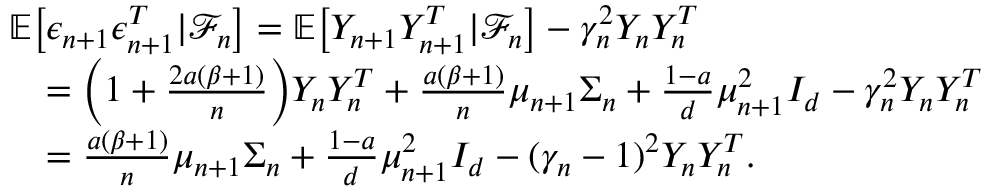
\begin{array} { r l } & { \mathbb { E } \big [ \epsilon _ { n + 1 } \epsilon _ { n + 1 } ^ { T } | \mathcal { F } _ { n } \big ] = \mathbb { E } \big [ Y _ { n + 1 } Y _ { n + 1 } ^ { T } | \mathcal { F } _ { n } \big ] - \gamma _ { n } ^ { 2 } Y _ { n } Y _ { n } ^ { T } } \\ & { \quad = \bigg ( 1 + \frac { 2 a ( \beta + 1 ) } { n } \bigg ) Y _ { n } Y _ { n } ^ { T } + \frac { a ( \beta + 1 ) } { n } \mu _ { n + 1 } \Sigma _ { n } + \frac { 1 - a } { d } \mu _ { n + 1 } ^ { 2 } I _ { d } - \gamma _ { n } ^ { 2 } Y _ { n } Y _ { n } ^ { T } } \\ & { \quad = \frac { a ( \beta + 1 ) } { n } \mu _ { n + 1 } \Sigma _ { n } + \frac { 1 - a } { d } \mu _ { n + 1 } ^ { 2 } I _ { d } - ( \gamma _ { n } - 1 ) ^ { 2 } Y _ { n } Y _ { n } ^ { T } . } \end{array}